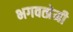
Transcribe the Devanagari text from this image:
भगवत्प्रेमी